Scottish Certificate of Education, 1962
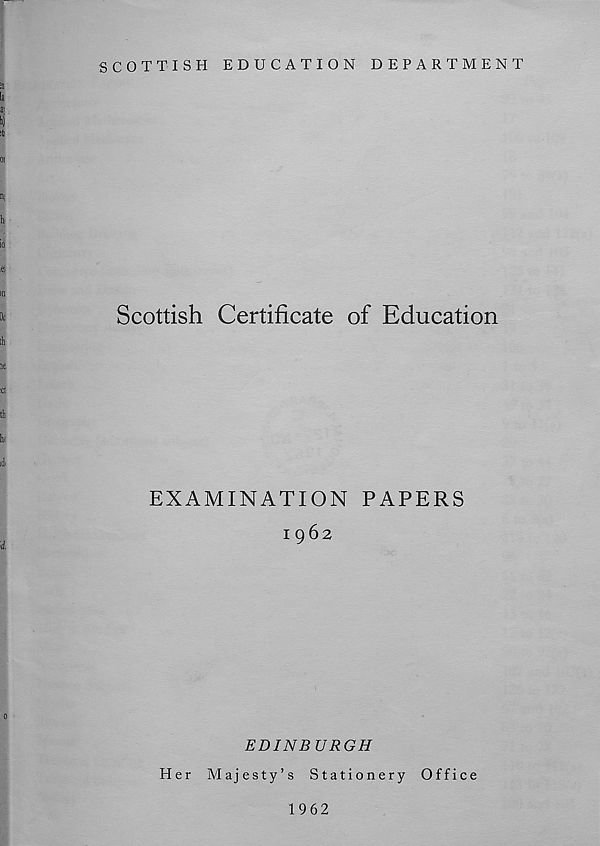
SCOTTISH EDUCATION DEPARTMENT
;a
la
a;
it
01
n;
h
Ml
Scottish Certificate of Education
th
lie
:ct
th
hi
id^
EXAMINATION PAPERS
1962
EDINBURGH
Her Majesty’s Stationery Office
1962